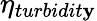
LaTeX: \eta_{turbidit\mathbf{y}}